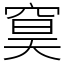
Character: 䆨